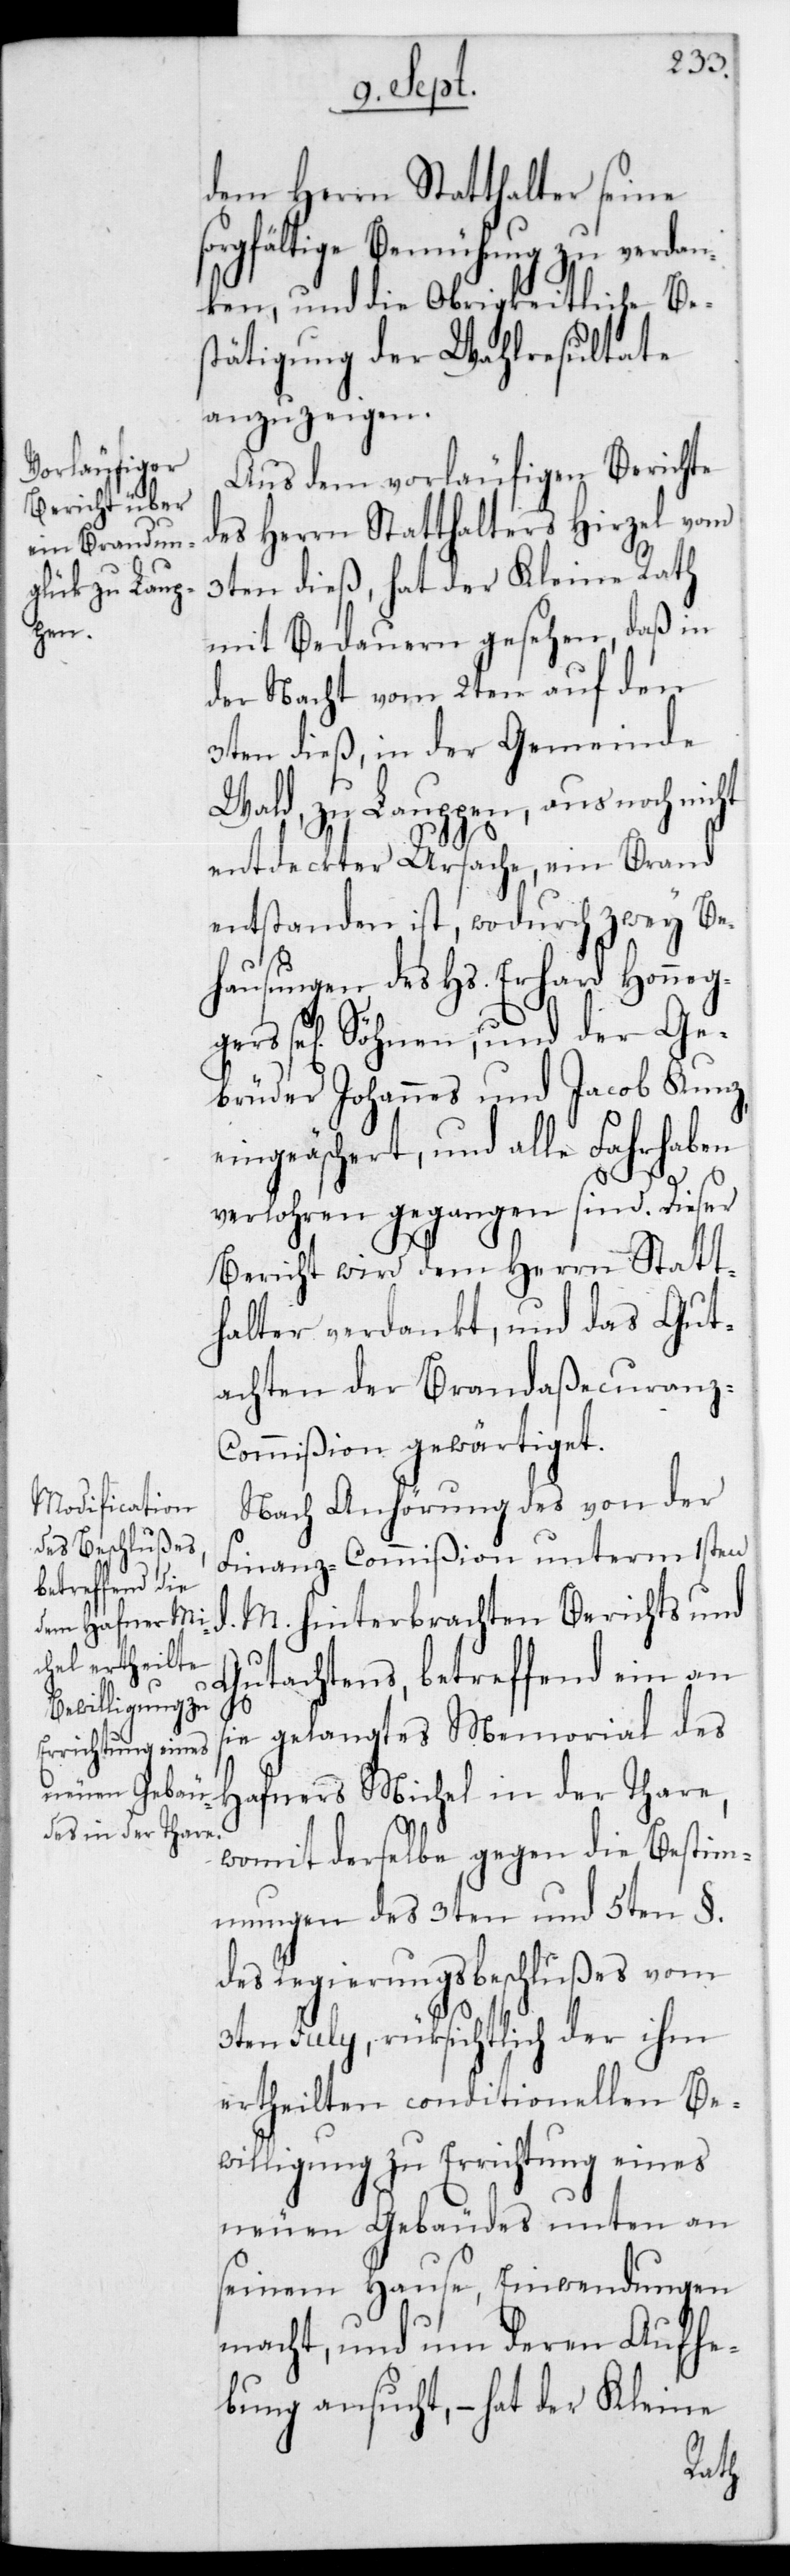
gers

dem Herrn Statthalter seine
sorgfältige Bemühung zu verdan¬
ken, und die Obrigkeitliche Be¬
stätigung der Wahlresultate
anzuzeigen.
Aus dem vorläufigen Berichte
des Herrn Statthalters Hirzel vom
3ten dieß, hat der Kleine Rath
mit Bedauern gesehen, daß in
der Nacht vom 2ten auf den
3ten dieß, in der Gemeinde
Wald, zu Lauppen, aus noch
entdeckter Ursache, ein Brand
entstanden ist, wordurch zwey Be¬
hausungen des Hs. Erhard Honeg¬
se[lig] Söhnen und der Ge¬
brüder Johannes und Jacob Kunz
eingeäschert, und alle Fahrhaben
verlohren gegangen sind. Dieser
Bericht wird dem Herrn Statt¬
halter verdankt, und das Gut¬
achten der Brandaßecuranz-C¬
ommißion gewärtiget.
Nach Anhörung des von der
Finanz-Commißion unterm 1sten
M. hinterbrachten Berichts und
Gutachtens, betreffend ein an
sie gelangtes Memorial des
Hafners Michel in der Thare,
womit derselbe gegen die Bestim¬
mungen des 3ten und 5ten §
des Regierungsbeschlußes vom
3ten July, rücksichtlich der ihm
ertheilten conditionellen Be¬
willigung zu Errichtung eines
neuen Gebäudes unten an
seinem Hause, Einwendungen
macht, und um deren Aufhe¬
bung ansucht, – hat der Kleine